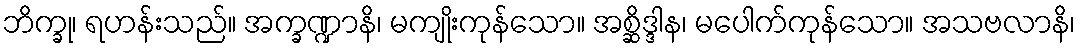
ဘိက္ခု၊ ရဟန်းသည်။ အက္ခဏ္ဍာနိ၊ မကျိုးကုန်သော။ အစ္ဆိဒ္ဒါန၊ မပေါက်ကုန်သော။ အသဗလာနိ၊